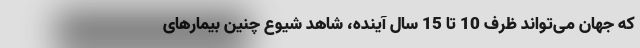
که جهان می‌تواند ظرف 10 تا 15 سال آینده، شاهد شیوع چنین بیمارهای